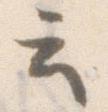
云